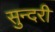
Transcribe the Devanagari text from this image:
सुन्‍दरी